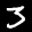
Label: 3